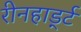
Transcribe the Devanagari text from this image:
रीनहार्ड्ट